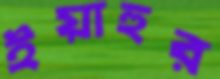
ইয়াহুর